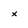
Character: x